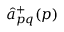
{ \hat { a } } _ { p q } ^ { + } ( \boldsymbol { p } )